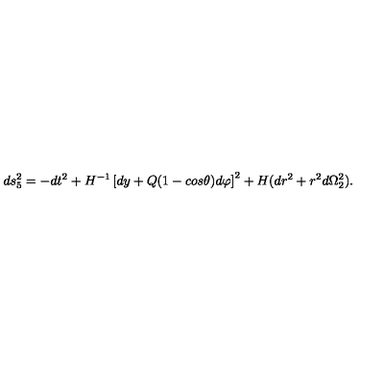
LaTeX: d s _ { 5 } ^ { 2 } = - d t ^ { 2 } + H ^ { - 1 } \left[ d y + Q ( 1 - c o s \theta ) d \varphi \right] ^ { 2 } + H ( d r ^ { 2 } + r ^ { 2 } d \Omega _ { 2 } ^ { 2 } ) .